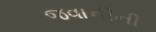
જવાનીની